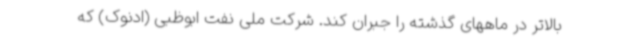
بالاتر در ماههای گذشته را جبران کند. شرکت ملی نفت ابوظبی (ادنوک) که